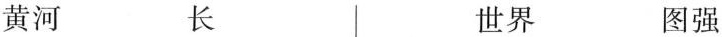
黄河 长 世界 图强